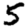
Digit: 5